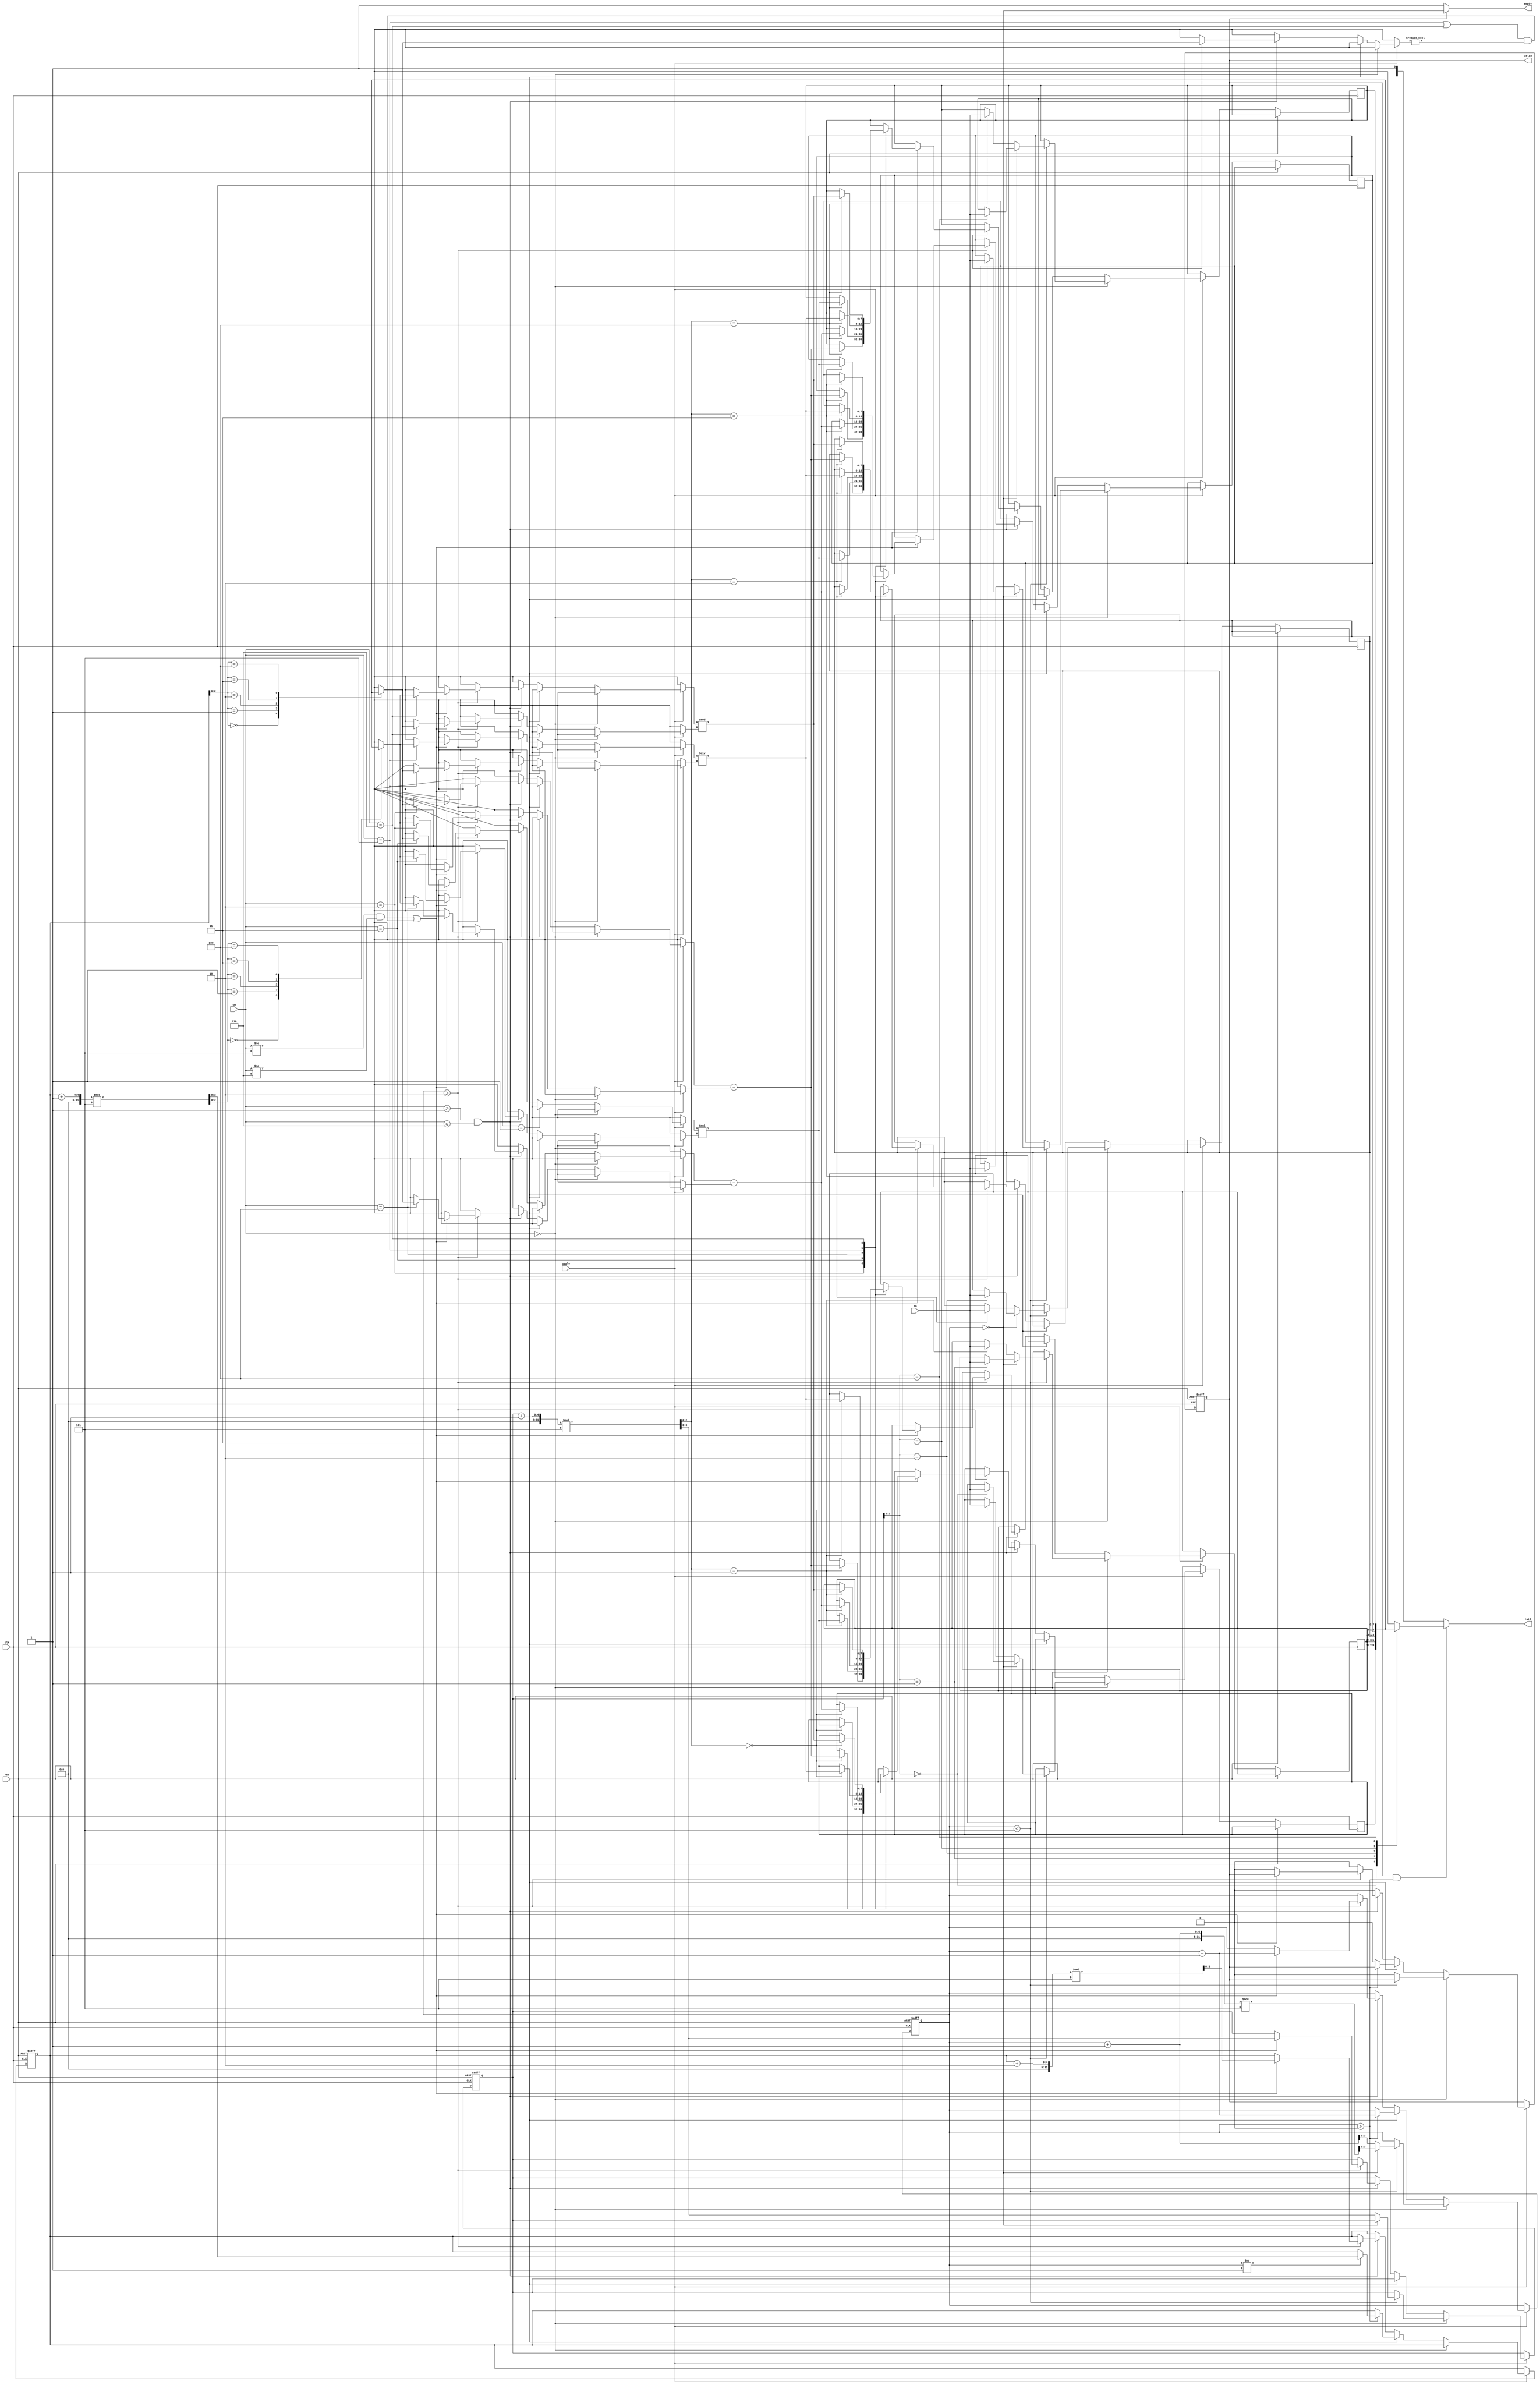
module main (
    input wire clk,
    input wire rst,
    input wire [7:0] in,
    input wire [2:0] op,
    input wire apply,
    output wire [7:0] tail,
    output wire empty,
    output reg valid
);
    integer i;
    reg [7:0] trash;

    // Constants
    integer queue_size = 5;
    parameter QUEUE_SIZE = 5;
    parameter QUEUE_WIDTH = 8;

    // Internal registers
    reg [QUEUE_WIDTH-1:0] queue [QUEUE_SIZE-1:0];
    reg [3:0] queue_head, queue_tail;
    reg [3:0] queue_count;
    reg [7:0] result;
    
    // Outputs
    assign tail = (valid && queue_count > 0) ? queue[queue_tail] : trash;
    assign empty = (valid) ? (queue_count == 0) : trash[0];

    // Always block to handle operations
    always @(posedge clk, posedge rst) begin
        if (rst) begin
            queue_count <= 3'b0;
            queue_head <= 3'b0;
            queue_tail <= 3'b0;
            valid <= 1'b1;
        end else if (apply) begin
            if (op == 0) begin
                if (queue_count < queue_size) begin
                    if (queue_count == 0) begin
                        queue[queue_tail] <= in;
                        queue_count <= (queue_count + 1) % QUEUE_SIZE;
                    end else begin
                        queue[(queue_tail + 1) % queue_size] <= in;
                        queue_tail <= (queue_tail + 1) % queue_size;
                        queue_count <= queue_count + 1;
                    end 
                end else begin 
                    valid <= 1'b0;
                end
            end else if (op == 1) begin
                if (queue_count > 0) begin
                    if (queue_count != 1) begin
                        queue_head <= (queue_head + 1) % queue_size;
                    end 
                    queue_count <= queue_count - 1;
                end else begin
                    valid <= 1'b0;
                end
            end else if (op > 1 && op <= 6) begin
                if (queue_count >= 2) begin
                    if (op != 5 && op != 6 || ((op == 5 || op == 6) && queue[queue_head] != 0)) begin
                        case(op)
                            2: queue[(queue_tail + 1) % queue_size] <= queue[queue_head] + queue[(queue_head + 1) % queue_size];
                            3: queue[(queue_tail + 1) % queue_size] <= queue[queue_head] * queue[(queue_head + 1) % queue_size];
                            4: queue[(queue_tail + 1) % queue_size] <= queue[(queue_head + 1) % queue_size] - queue[queue_head];
                            5: queue[(queue_tail + 1) % queue_size] <= queue[(queue_head + 1) % queue_size] / queue[queue_head];
                            6: queue[(queue_tail + 1) % queue_size] <= queue[(queue_head + 1) % queue_size] % queue[queue_head];
                        endcase
                        queue_count <= queue_count - 1;
                        queue_head <= (queue_head + 2) % queue_size;
                        queue_tail <= (queue_tail + 1) % queue_size;
                    end else begin
                        valid <= 1'b0;
                    end
                end else begin
                    valid <= 1'b0;
                end
            end else begin
                valid <= 1'b0;
            end
        end
    end
endmodule